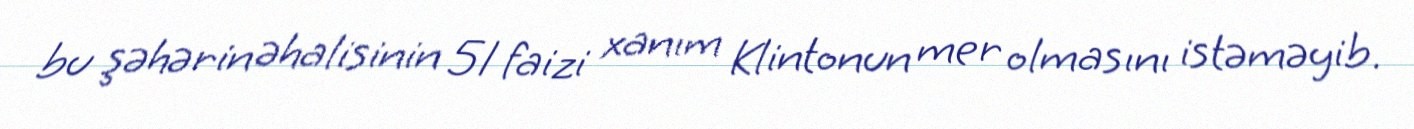
bu şəhərin əhalisinin 51 faizi xanım Klintonun mer olmasını istəməyib.